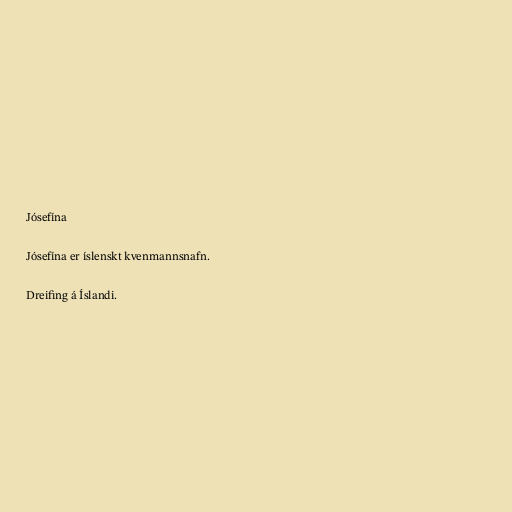
Jósefína

Jósefína er íslenskt kvenmannsnafn.

Dreifing á Íslandi.